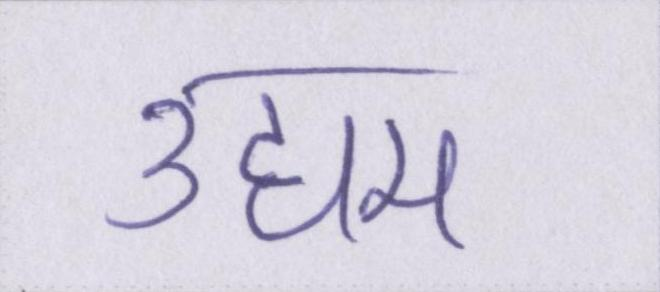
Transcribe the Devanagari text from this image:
उद्यम